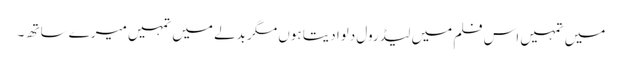
میں تمہیں اس فلم میں لیڈ رول دلوا دیتا ہوں مگر بدلے میں تمہیں میرے ساتھ ۔